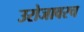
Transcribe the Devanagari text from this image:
उरोजावरच